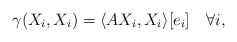
\begin{align*} \gamma(X_i,X_i)=\langle AX_i,X_i\rangle [e_i]\quad\forall i, \end{align*}